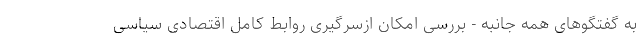
به گفتگوهای همه جانبه - بررسی امکان ازسرگیری روابط کامل اقتصادی سیاسی